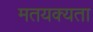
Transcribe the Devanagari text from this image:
मतयक्यता